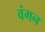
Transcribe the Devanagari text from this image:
वंगन